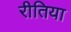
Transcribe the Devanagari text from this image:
रीतिया